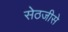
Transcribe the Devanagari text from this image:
सेठजीसे